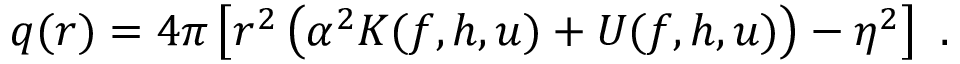
q ( r ) = 4 \pi \left[ r ^ { 2 } \left( \alpha ^ { 2 } { \cal K } ( f , h , u ) + { \cal U } ( f , h , u ) \right) - \eta ^ { 2 } \right] \ .